Annual statistical returns and brief notes on vaccination in Bengal - 1896-1909
Year: 1896
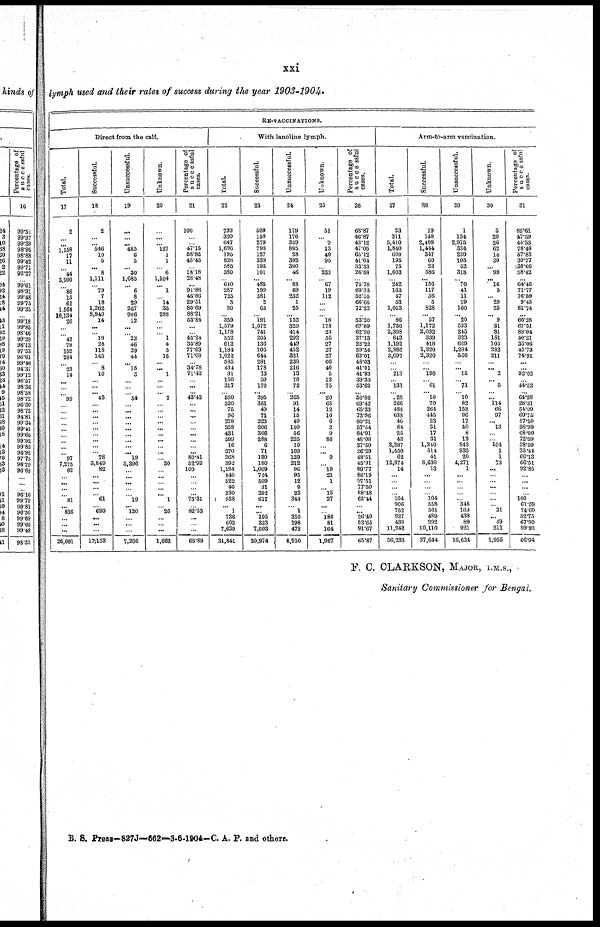
xxi
lymph used and their rates of success during the year 1903-1904.
RE-VACCINATIONS.
Direct from the calf.
Total.
17
2
...
... 1,168
17
11
... 44
3,900
... 86
15
61
1,564
10,134
26
...
... 42
78
152
204
... 23
14
...
...
... 99
...
...
...
...
...
...
...
...
... 97
7,275
82
...
... ...
...
81
... 836
...
... ...
26,001
Successful.
18
2
... ... 546
10
5
... 8
1,111
... 79
7
18
1,262
8,940
14
...
... 19
28
118
145
... 8
10
...
... ... 43
... ...
...
... ...
... ...
...
... 78
3,849
82
...
...
...
... 61
... 690
...
...
...
17,133
Unsuccessful.
19
...
...
... 485
6
5
... 30
1,685
... 6
8
29
267
906
12
...
... 22
46
29
44
... 15
3
...
...
... 54
... ...
... ...
...
...
...
... ... 19
3,396
...
...
...
...
... 19
... 120
...
...
...
7,206
Unknown.
20
...
...
... 127
1
1
... 6
1,104
... 1
... 14
35
283
...
...
... 1
4
5
15
... ... 1
... ...
... 2
...
...
... ...
...
... ...
...
...
... 30
...
...
...
... ... 1
... 26
...
... ...
1,662
Percentage of
s u c c e ssful
cases.
21
100
...
... 47.15
58.82
45.45
... 18.18
28.48
...
91.86
46.66
29.51
80.69
88.21
53.84
...
... 45.24
35.89
77.63
71.08
... 34.78
71.13
... ...
... 43.43
...
... ...
...
... ...
...
... ...
80.41
52.92
100
...
...
...
... 75.31
... 82.53
...
...
...
65.89
With lanoline lymph.
Total.
32
739
320
647
1,696
195
826
585
380
... 640
287
725
3
90
... 359
1,579
1,178
552
612
1,184
1,022
585
434
31
150
317
... 580
520
75
96
278
358
431
599
16
270
268
392
1,124
840
522
40
330
988
... 1
736
602
7,639
31,841
Successful.
23
509
150
279
798
127
339
195
101
... 485
199
381
2
65
... 191
1,072
741
205
136
705
644
281
178
13
59
170
... 295
361
49
71
223
206
366
288
6
71
130
180
1,009
724
509
31
292
617
... ... 195
323
7,003
20,974
Unsuccessful.
24
179
170
359
885
28
392
390
46
... 88
69
232
1
25
... 152
329
414
292
449
452
321
238
216
13
78
72
... 265
91
14
15
49
150
56
225
10
199
129
212
96
95
12
9
23
344
... 1
355
198
472
8,910
Unknown.
25
51
... 9
13
40
95
... 233
... 67
19
112
...
...
... 16
178
23
55
27
27
57
66
40
5
13
75
. .. 20
68
12
10
6
2
9
86
...
... 9
... 19
21
1
... 15
27
...
... 186
81
164
1,957
Percentage of
s u c c e ssful
cases.
26
68.87
46.87
43.12
47.05
65.12
41.04
33.33
26.58
... 75.78
69.33
52.55
66.66
72.22
... 53.20
67.89
62.90
37.13
22.22
59.54
63.01
48.03
41.01
41.93
39.33
53.62
... 50.86
69.42
65.33
73.96
80.21
57.54
84.91
48.08
37.50
26.29
48.51
45.91
89.77
86.19
97.51
77.50
88.48
62.44
... ... 26.49
53.65
91.67
65.87
Arm-to-arm vaccination.
Total.
27
23
311
5,410
1,840
600
195
75
1,003
... 242
163
47
53
1,013
... 86
1,736
2,308
843
1,192
2,886
3,097
...
... 213
... 137
... 28
266
488
633
40
84
25
43
2,287
1,450
62
12,974
14
... ...
...
... 104
906
752
927
430
11,242
56,233
Successful.
28
19
148
2,409
1,444
347
60
23
586
... 156
117
36
5
828
... 57
1,172
2,032
339
418
1,320
2,320
...
... 196
... 61
... 18
70
264
445
23
31
17
31
1,340
514
41
8,630
13
...
... ...
... 104
558
561
489
292
10,110
37,644
Unsuccessful.
29
1
134
2,975
334
239
103
52
318
... 70
41
11
19
160
... 20
533
245
323
669
1,284
566
... ...
15
... 71
... 10
82
158
96
17
40
8
12
843
935
20
4,271
1
...
...
...
... ... 348
169
438
89
921
16,634
Unknown.
30
3
29
26
62
14
30
... 99
...
.16
5
... 29
25
... 9
31
31
181
105
232
211
... ...
2
... 5
... ... 114
66
97
... 13
...
... 104
1
1
73
...
... ...
...
...
... ... 31
... 49
211
1,955
Percentage of
s u c c e ssful
31
82.61
47.59
44.53
78.48
57.83
30.77
30.66
58.42
... 64.46
71.77
76.59
9.43
81.74
...
66.28
67.51
88.04
40.21
35.06
45.73
74.91
... ...
92.02
... 44.52
... 64.28
26.31
54.09
69.75
57.50
36.90
68.00
72.09
58.59
35.44
66.13
66.51
92.85
... ...
...
... 100
61.59
74.60
52.75
67.90
89.93
66.94
F.C. CLARKSON, MAJOR, I.M.S.,
Sanitary Commissioner for Bengal.
B. S. Press—827J—662—3-6-1904-C. A. P. and others.